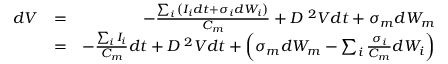
\begin{array} { r l r } { d V } & { = } & { - \frac { \sum _ { i } { \left( I _ { i } d t + \sigma _ { i } d W _ { i } \right) } } { C _ { m } } + D \mathrm { \nabla } ^ { 2 } V d t + \sigma _ { m } d W _ { m } } \\ & { = } & { - \frac { \sum _ { i } { I _ { i } } } { C _ { m } } d t + D \mathrm { \nabla } ^ { 2 } V d t + \left( \sigma _ { m } d W _ { m } - \sum _ { i } { \frac { \sigma _ { i } } { C _ { m } } d W _ { i } } \right) } \end{array}